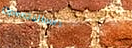
Open24Hours